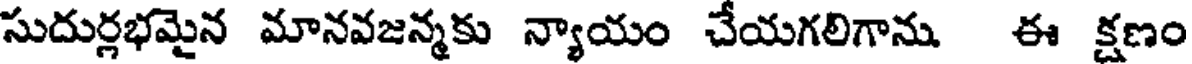
సుదుర్లభమైన మానవజన్మకు న్యాయం చేయగలిగాను ఈ క్షణం